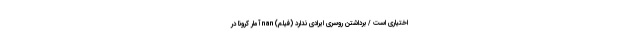
اختیاری است / برداشتن روسری ایرادی ندارد (فیلم) nan آمار کرونا در